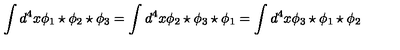
\int d ^ { 4 } x \phi _ { 1 } \star \phi _ { 2 } \star \phi _ { 3 } = \int d ^ { 4 } x \phi _ { 2 } \star \phi _ { 3 } \star \phi _ { 1 } = \int d ^ { 4 } x \phi _ { 3 } \star \phi _ { 1 } \star \phi _ { 2 }